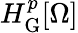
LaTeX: H_{\mathrm{G}}^{p}[\Omega]